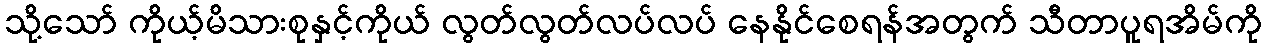
သို့သော် ကိုယ့်မိသားစုနှင့်ကိုယ် လွတ်လွတ်လပ်လပ် နေနိုင်စေရန်အတွက် သီတာပူရအိမ်ကို